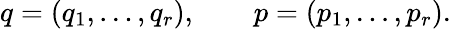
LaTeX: q=(q_{1},\ldots,q_{r}),\qquad p=(p_{1},\ldots,p_{r}).